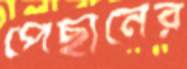
পেছানের